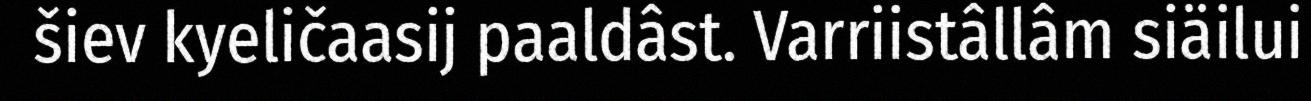
šiev kyeličaasij paaldâst. Varriistâllâm siäilui